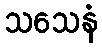
သသေနံ